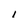
Character: l